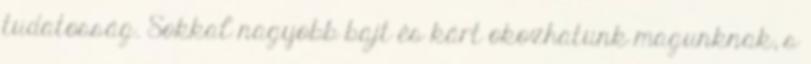
tudatosság. Sokkal nagyobb bajt és kárt okozhatunk magunknak, s